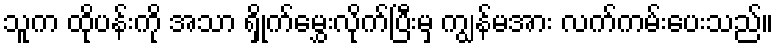
သူက ထိုပန်းကို အသာ ရှိုက်မွှေးလိုက်ပြီးမှ ကျွန်မအား လက်ကမ်းပေးသည်။